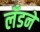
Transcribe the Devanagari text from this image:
लँडने